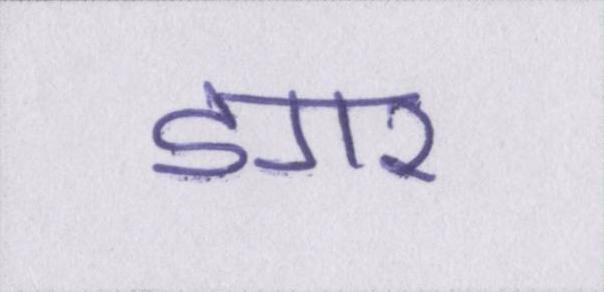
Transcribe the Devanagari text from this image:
डगर